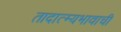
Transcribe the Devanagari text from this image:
तादात्म्यभावाची